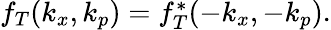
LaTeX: \begin{array}{r}{f_{T}(k_{x},k_{p})=f_{T}^{*}(-k_{x},-k_{p}).}\end{array}